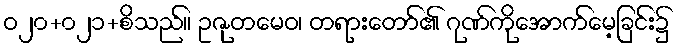
ဝ၂၀+၀၂၁+စိသည်။ ဥဇုတမေဝ၊ တရားတော်၏ ဂုဏ်ကိုအောက်မေ့ခြင်း၌